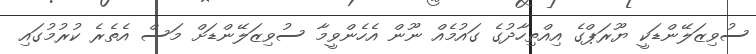
ސުވިޒަލޭންޑަކީ ޔޫރަޕްގެ އިއްތިހާދުގެ ގައުމެއް ނޫން އެހެންވީމާ ސުވިޒަލޭންޑަށް މަސް އެތެރެ ކުރުމުގައި